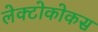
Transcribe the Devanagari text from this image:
लेक्टोकोकस